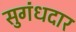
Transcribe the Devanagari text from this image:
सुगंधदार